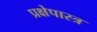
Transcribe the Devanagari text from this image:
प्रक्षेपास्‍त्र